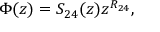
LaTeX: \Phi ( z ) = S _ { 2 4 } ( z ) z ^ { R _ { 2 4 } } ,